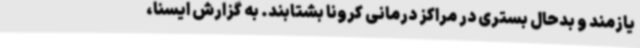
یازمند و بدحال بستری در مراکز درمانی کرونا بشتابند. به گزارش ایسنا،